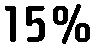
15%